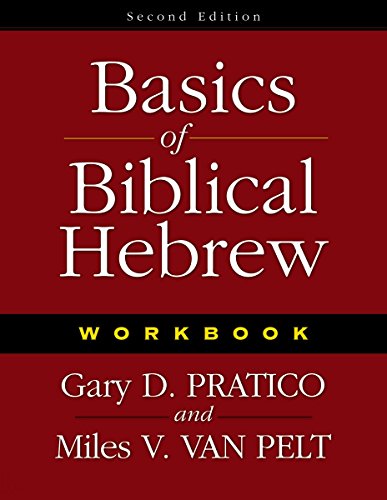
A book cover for Basics of Biblical Hebrew: Workbook, 2nd Edition; Gary D. Pratico; Christian Books & Bibles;